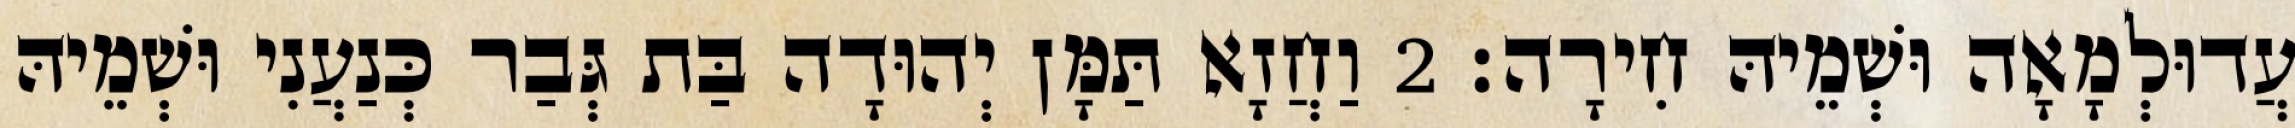
עֲדוּלְמָאָה וּשְׁמֵיהּ חִירָה׃ 2 וַחֲזָא תַּמָּן יְהוּדָה בַּת גְּבַר כְּנַעֲנִי וּשְׁמֵיהּ